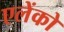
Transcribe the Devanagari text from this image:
एलेंको